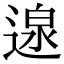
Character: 𮞰